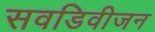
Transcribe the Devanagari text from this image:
सवडिवीजन